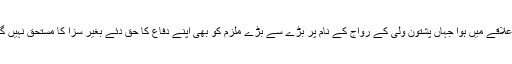
یہ ایک ایسے علاقے میں ہوا جہاں پشتون ولی کے رواج کے نام پر بڑے سے بڑے ملزم کو بھی اپنے دفاع کا حق دئے بغیر سزا کا مستحق نہیں گردانا جاتا ہے۔